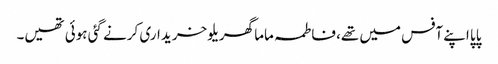
پاپا اپنے آفس میں تھے، فاطمہ ماما گھریلو خریداری کرنے گئی ہوئی تھیں۔